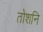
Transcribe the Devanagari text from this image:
तोशनि